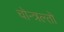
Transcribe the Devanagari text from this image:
चोन्त्रल्तो